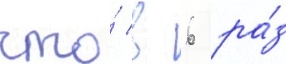
что́ в 6 ра́з